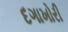
દગાખોરી